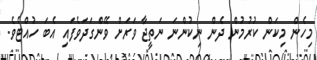
މިހެން މިކަން ކުރުމުން ދެން ނިކުންނަ ނަތީޖާ ވަރަށް ވޭންގަދަވެފައި އެބަ ހުއްޓެވެ.